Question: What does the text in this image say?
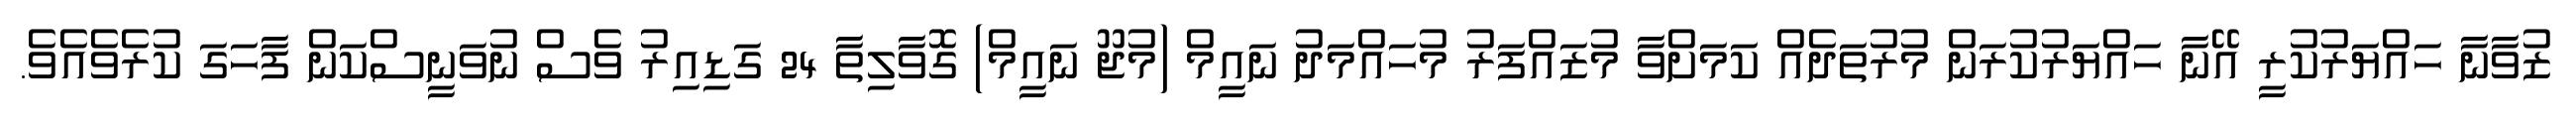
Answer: ޒުވާނާ ހައްޔަރުކުރީ އޭނާ ހައްޔަރުކުރަން މުރުތަދެއް ކަމަށްވާ މުޒައްފަރު މުހައްމަދު ނައީމް (މުޖޫ ނައީމް) ގޮވާލިތާ 24 ގަޑިއިރު ވެސް ނުވަނީސްކަން ފާހަގަ ކުރެވެއެވެ.